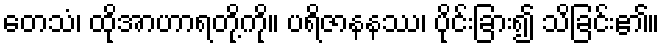
တေသံ၊ ထိုအာဟာရတို့ကို။ ပရိဇာနနဿ၊ ပိုင်းခြား၍ သိခြင်း၏။